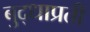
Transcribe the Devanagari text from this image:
बुद्धाप्रती